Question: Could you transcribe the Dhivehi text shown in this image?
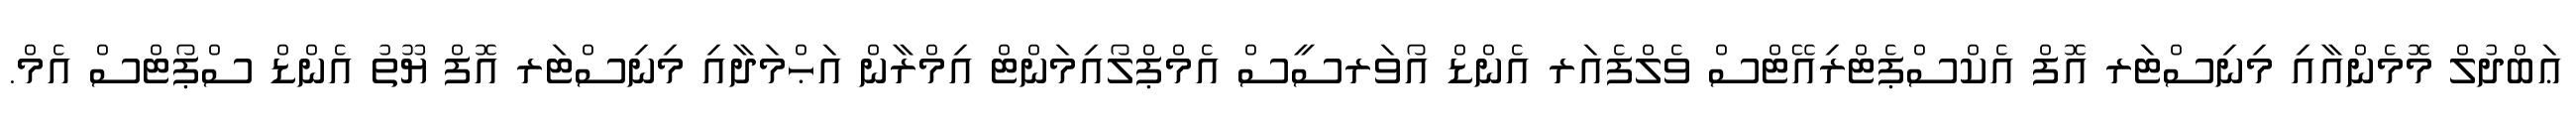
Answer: ޢަބްދުލް މޮމެންއާއި މިނިސްޓަރ އޮފް އެކްސްޕެޓްރިއޭޓްސް ވެލްފެއަރ އެންޑް އޯވަރސީސް އެމްޕްލޯއިމަންޓް އިމްރާން އަޙްމަދާއި މިނިސްޓަރ އޮފް ޔޫތު އެންޑް ސްޕޯޓްސް އެމް.